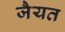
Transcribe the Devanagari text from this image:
जैयत